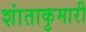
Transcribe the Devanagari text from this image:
शांताकुमारी